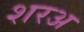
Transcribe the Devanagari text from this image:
शरअ